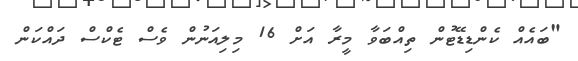
"ބައެއް ކެންޑިޑޭޓުން ތިއްބަވާ މީރާ އަށް 16 މިލިއަނުން ވެސް ޓެކްސް ދައްކަން